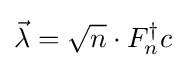
{\vec {\lambda }}={\sqrt {n}}\cdot F_{n}^{\dagger }c